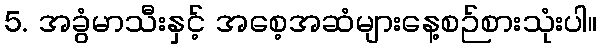
5. အခွံမာသီးနှင့် အစေ့အဆံများနေ့စဉ်စားသုံးပါ။